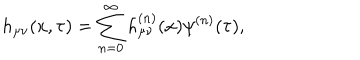
h _ { \mu \nu } ( x , \tau ) = \sum _ { n = 0 } ^ { \infty } h _ { \mu \nu } ^ { ( n ) } ( x ) \psi ^ { ( n ) } ( \tau ) ,